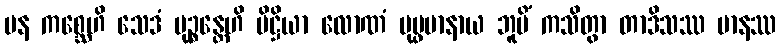
ပန ကစ္ဆေဟိ သေဒံ မုဉ္စန္တေဟိ ပိဋ္ဌိယာ လောဏံ ပုပ္ဖမာနာယ ဘူမိံ ကသိတွာ တာဒိသဿ မာနဿ